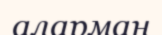
аларман